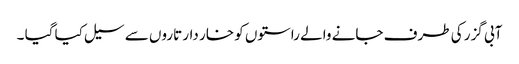
آبی گزر کی طرف جانے والے راستوں کو خار دار تاروں سے سیل کیا گیا ۔